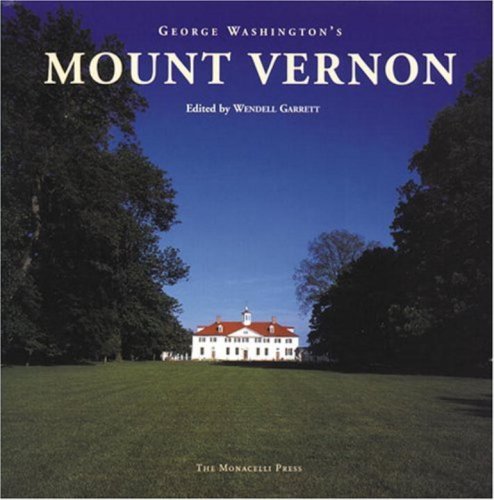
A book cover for George Washington's Mount Vernon; Wendell Garrett; Travel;